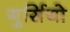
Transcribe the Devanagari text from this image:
गुर्सियो